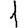
Digit: 1